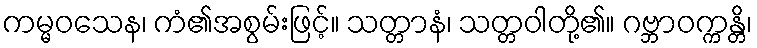
ကမ္မဝသေန၊ ကံ၏အစွမ်းဖြင့်။ သတ္တာနံ၊ သတ္တဝါတို့၏။ ဂဗ္ဘာဝက္ကန္တိ၊